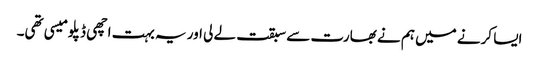
ایسا کرنے میں ہم نے بھارت سے سبقت لے لی اور یہ بہت اچھی ڈپلومیسی تھی۔